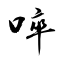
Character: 啐